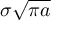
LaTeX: \sigma { \sqrt { \pi a } }